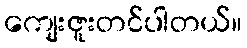
ကျေးဇူးတင်ပါတယ်။